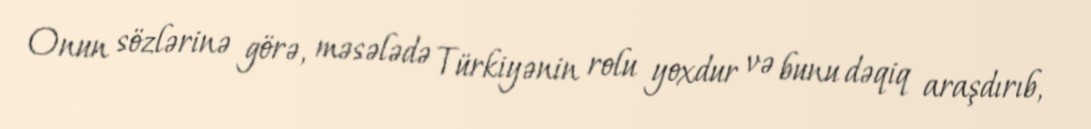
Onun sözlərinə görə, məsələdə Türkiyənin rolu yoxdur və bunu dəqiq araşdırıb,